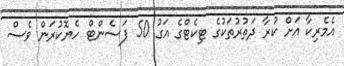
އެެމެރިކާ އަށް ކުރާ ދަތުރުތަކުގެ ޓިކެޓްގެ އަގު 50 ޕަސެންޓް ހެޔޮކުރަން ވެސް